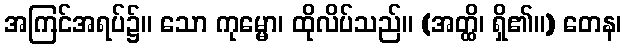
အကြင်အရပ်၌။ သော ကုမ္မော၊ ထိုလိပ်သည်။ (အတ္ထိ၊ ရှိ၏။) တေန၊